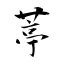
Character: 葶